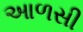
આળસી